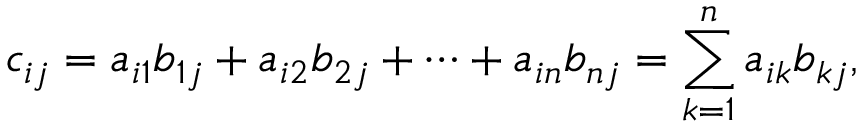
c _ { i j } = a _ { i 1 } b _ { 1 j } + a _ { i 2 } b _ { 2 j } + \cdots + a _ { i n } b _ { n j } = \sum _ { k = 1 } ^ { n } a _ { i k } b _ { k j } ,